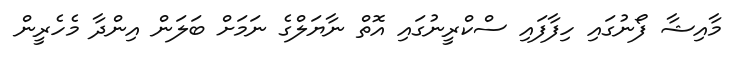
މާއިޝާ ފޯނުގައި ހިފާފައި ސްކްރީނުގައި އޮތް ނާޔަލްގެ ނަމަށް ބަލަން އިންދާ މެހެރީން